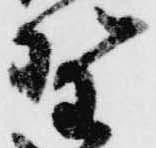
野